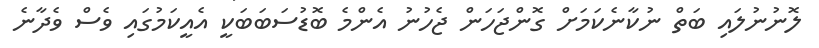
ލޮނުނުލައި ބަތް ނުކާނެކަމަށް ގޮންޖަހަން ޖެހުނު އެންމެ ބޮޑުސަބަބަކީ އެއީކަމުގައި ވެސް ވެދާނެ